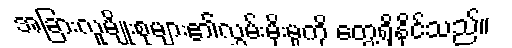
အခြားလူမျိုးစုများ၏လွှမ်းမိုးမှုကို တွေ့ရှိနိုင်သည်။